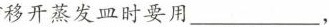
移开蒸发皿时要用___，